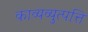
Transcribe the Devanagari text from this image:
काव्यव्युत्पत्ति